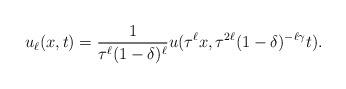
LaTeX: \begin{align*}u_\ell(x,t)=\frac{1}{\tau^\ell (1-\delta)^\ell}u(\tau^\ell x, \tau^{2\ell}(1-\delta)^{-\ell\gamma} t).\end{align*}